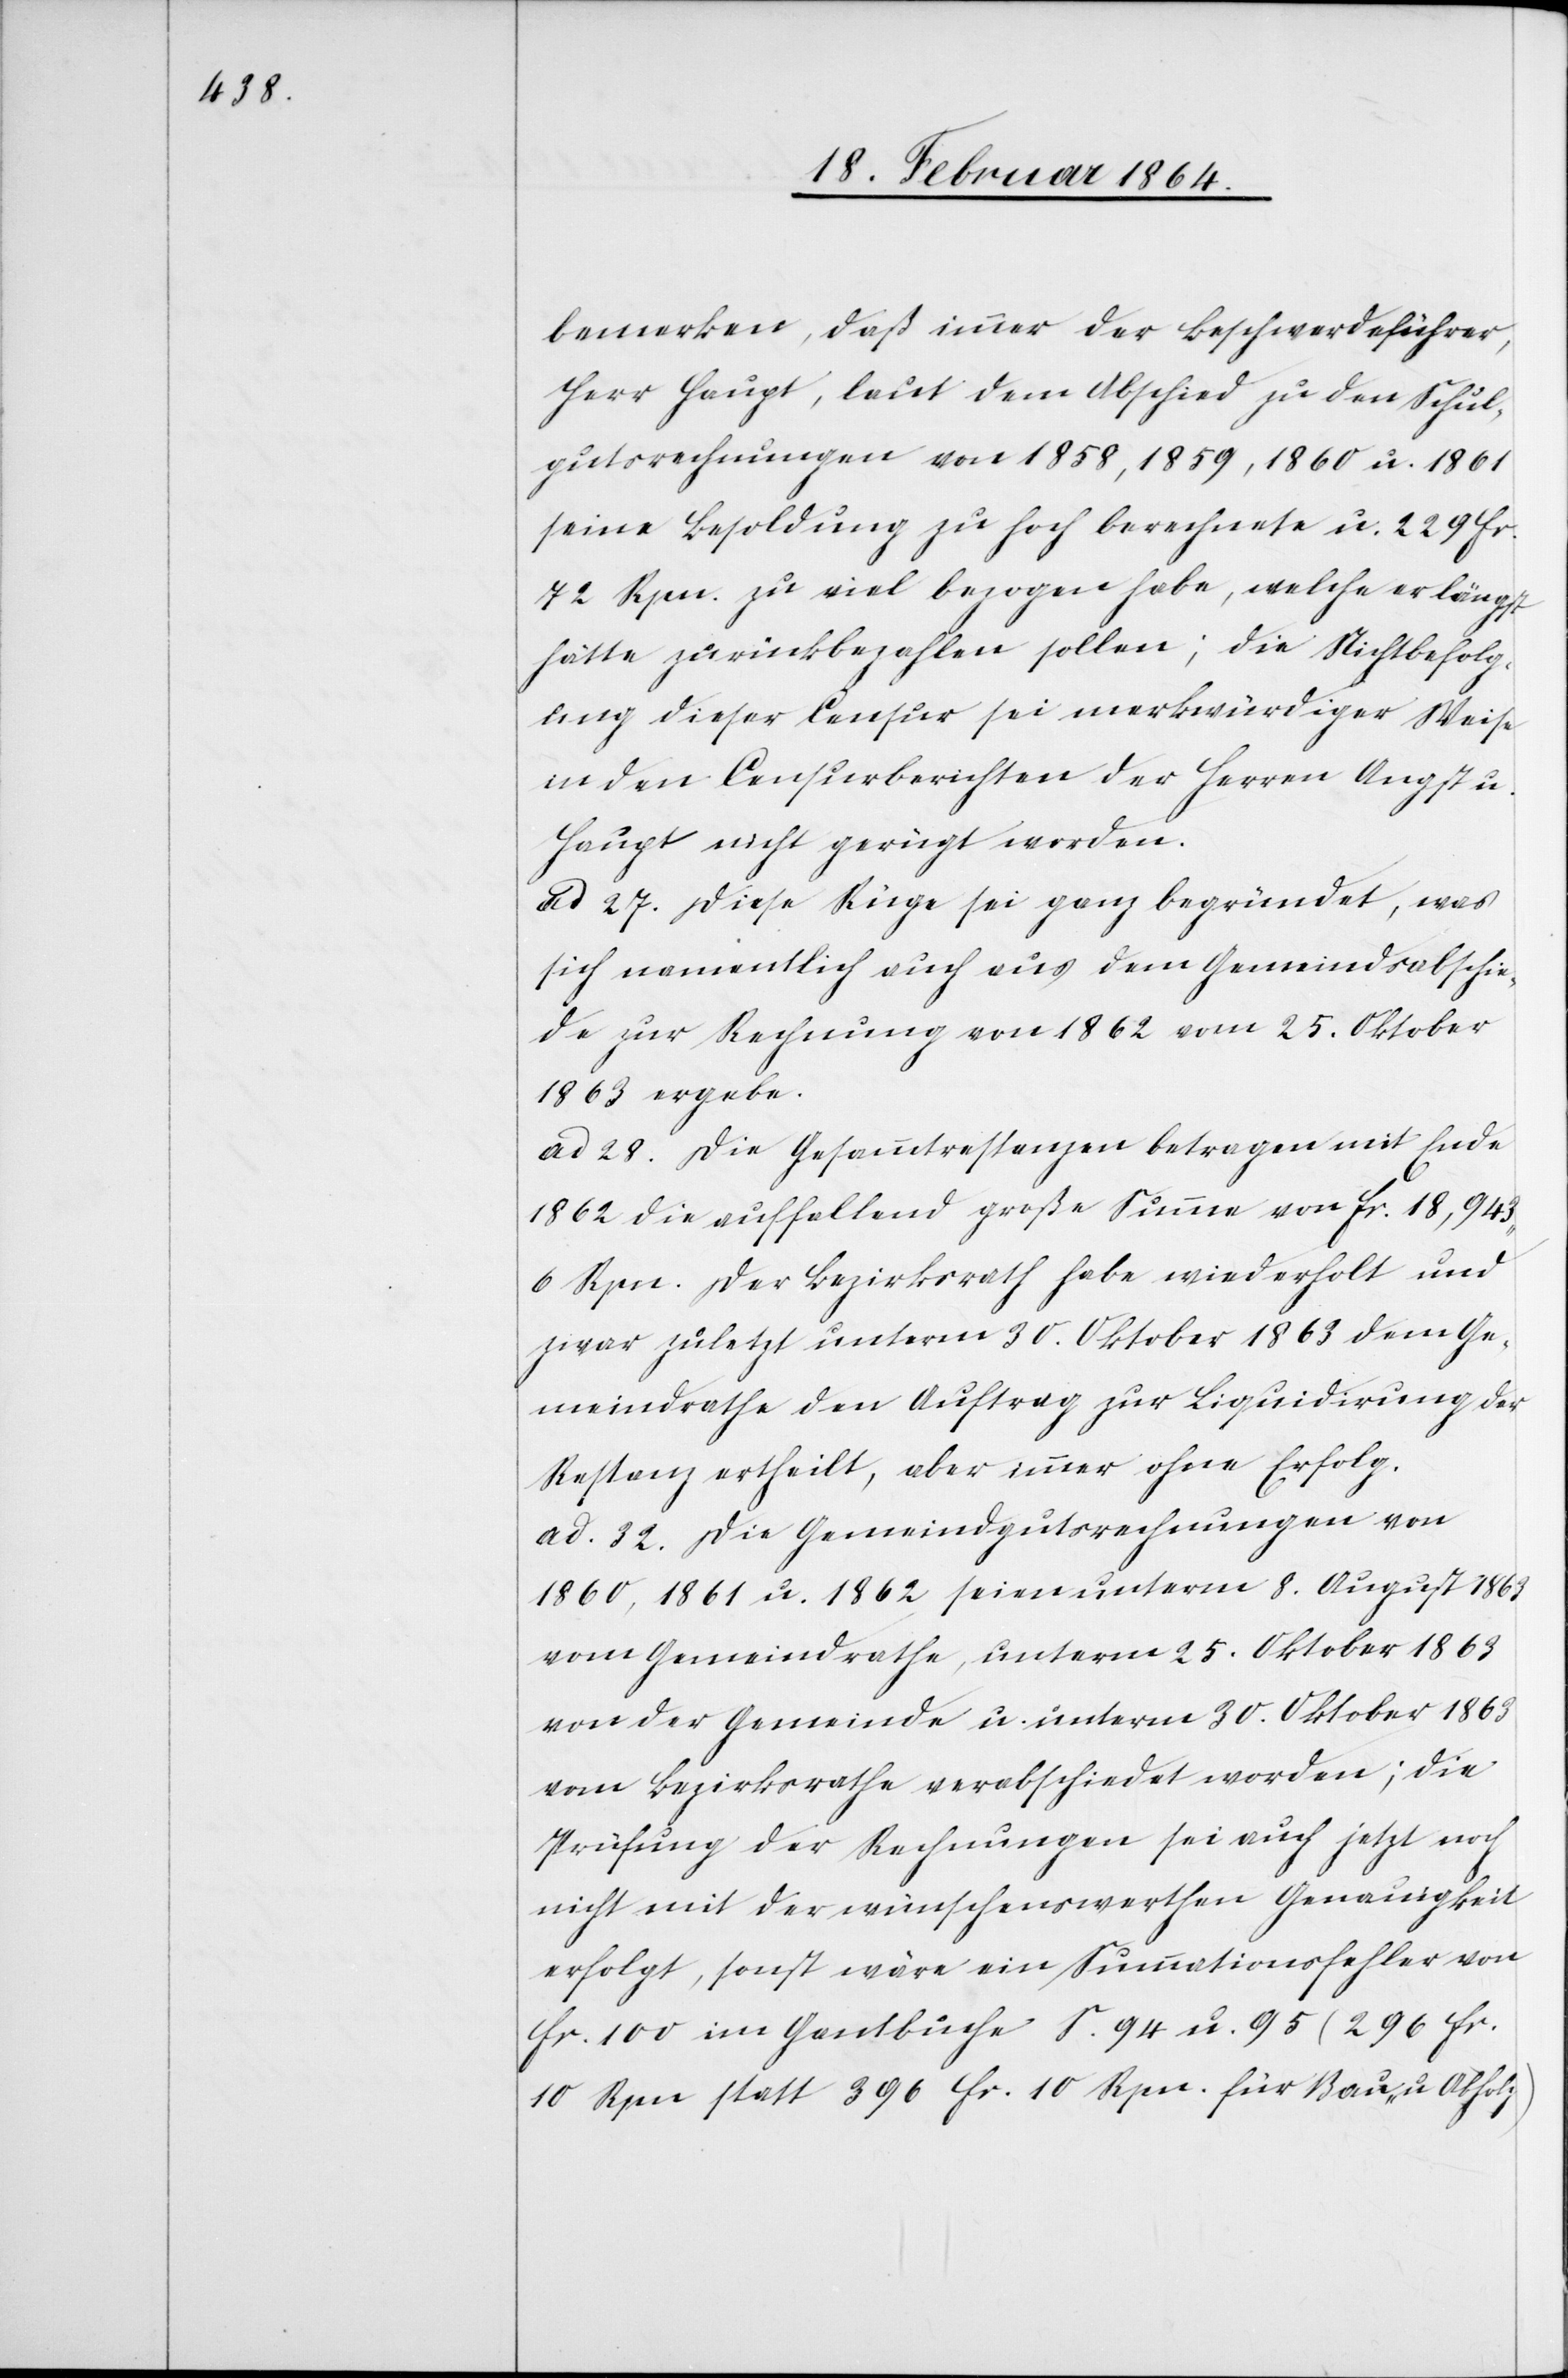
bemerken, daß immer der Beschwerdeführer,
Herr Haupt, laut dem Abschied zu den Schul¬
gutsrechnungen von 1858, 1859, 1860 u. 1861
seine Besoldung zu hoch berechnete u. 229 fr.
72 Rpn. zu viel bezogen habe, welche er längst
hätte zurückbezahlen sollen; die Nichtbefolg¬
ung dieser Censur sei merkwürdiger Weise
in den Censurberichten der Herren Angst u.
Haupt nicht gerügt worden.
ad 27. Diese Rüge sei ganz begründet, was
sich namentlich auch aus dem Gemeindsabschie¬
de zur Rechnung von 1862 vom 25. Oktober
1863 ergebe.
ad 28. Die Gesammtrestanzen betragen mit Ende
1862 die auffallend große Summe von fr. 18,943
6 Rpn. Der Bezirksrath habe wiederholt und
zwar zuletzt unterm 30. Oktober 1863 dem Ge¬
meindrathe den Auftrag zur Liquidirung der
Restanz ertheilt, aber immer ohne Erfolg.
ad. 32. Die Gemeindgutsrechnungen von
1860, 1861 u. 1862 seien unterm 8. August 1863
vom Gemeindrathe, unterm 25. Oktober 1863
von der Gemeinde u. unterm 30. Oktober 1863
vom Bezirksrathe verabschiedet worden; die
Prüfung der Rechnungen sei auch jetzt noch
nicht mit der wünschenswerthen Genauigkeit
erfolgt, sonst wäre ein Summationsfehler von
fr. 100 im Gantbuche S. 94 u. 95 (296 fr.
10 Rpn statt 396 fr. 10 Rpn. für Bau u. Abholz)